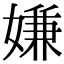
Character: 嫌